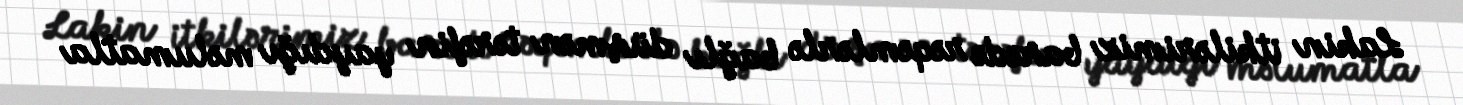
Lakin itkilərimiz barədə rəqəmlərlə bağlı düşmən tərəfin yaydığı məlumatla